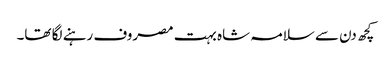
کچھ دن سے سلامہ شاہ بہت مصروف رہنے لگا تھا۔